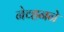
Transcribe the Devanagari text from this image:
नेव्हनने